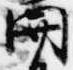
関